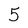
Character: 5